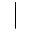
\mid